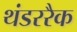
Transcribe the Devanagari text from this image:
थंडररैक